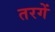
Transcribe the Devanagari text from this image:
तरगें